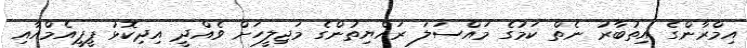
އިމްރާންގެ އިތުބާރު ނެތް ކަމުގެ މައްސަލަ ރައްޔިތުންގެ މަޖިލީހަށް ވެއްދީ އިދިކޮޅު ޕީޕީއެމްއާއި